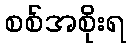
စစ်အစိုးရ